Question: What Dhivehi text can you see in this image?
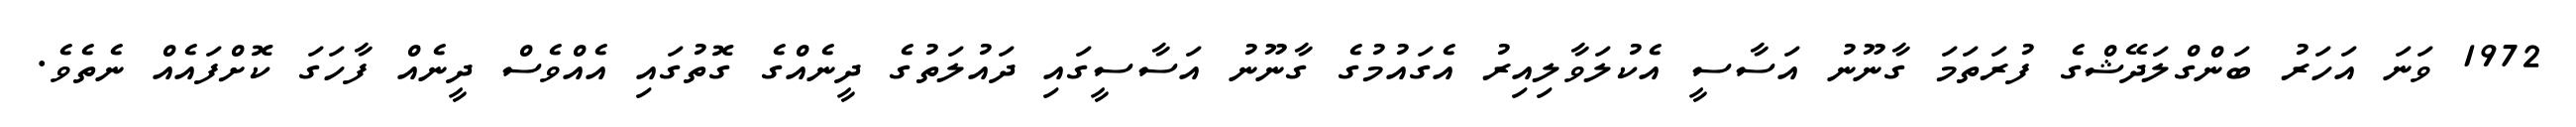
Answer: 1972 ވަނަ އަހަރު ބަންގްލަދޭޝްގެ ފުރަތަމަ ގާނޫނު އަސާސީ އެކުލަވާލިއިރު އެގައުމުގެ ގާނޫނު އަސާސީގައި ދައުލަތުގެ ދީނެއްގެ ގޮތުގައި އެއްވެސް ދީނެއް ފާހަގަ ކޮށްފައެއް ނެތެވެ.